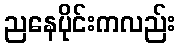
ညနေပိုင်းကလည်း